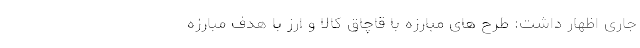
جاری اظهار داشت: طرح های مبارزه با قاچاق کالا و ارز با هدف مبارزه